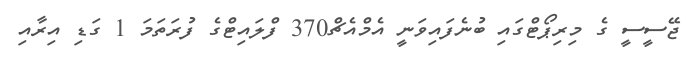
ޖޭސީސީ ގެ މިރިޕޯޓްގައި ބުނެފައިވަނީ އެމްއެޗް370 ފްލައިޓްގެ ފުރަތަމަ 1 ގަޑި އިރާއި